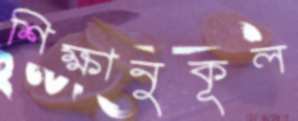
শিক্ষানুকূল